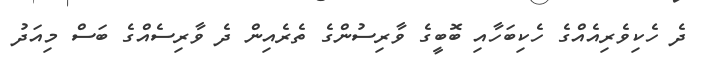
ދެ ހެކިވެރިއެއްގެ ހެކިބަހާއި ބޮބީގެ ވާރިސުންގެ ތެރެއިން ދެ ވާރިސެއްގެ ބަސް މިއަދު